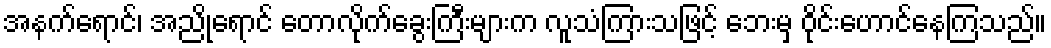
အနက်ရောင်၊ အညိုရောင် တောလိုက်ခွေးကြီးများက လူသံကြားသဖြင့် ဘေးမှ ဝိုင်းဟောင်နေကြသည်။